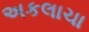
અકલાચા